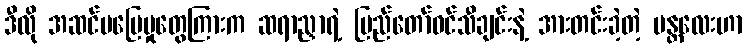
ဒီလို အဆင်မပြေမှုတွေကြားက ဆရာညှာရဲ့ ပြည်တော်ဝင်သီချင်းနဲ့ အားတင်းခဲ့တဲ့ မန္တလေးဟာ